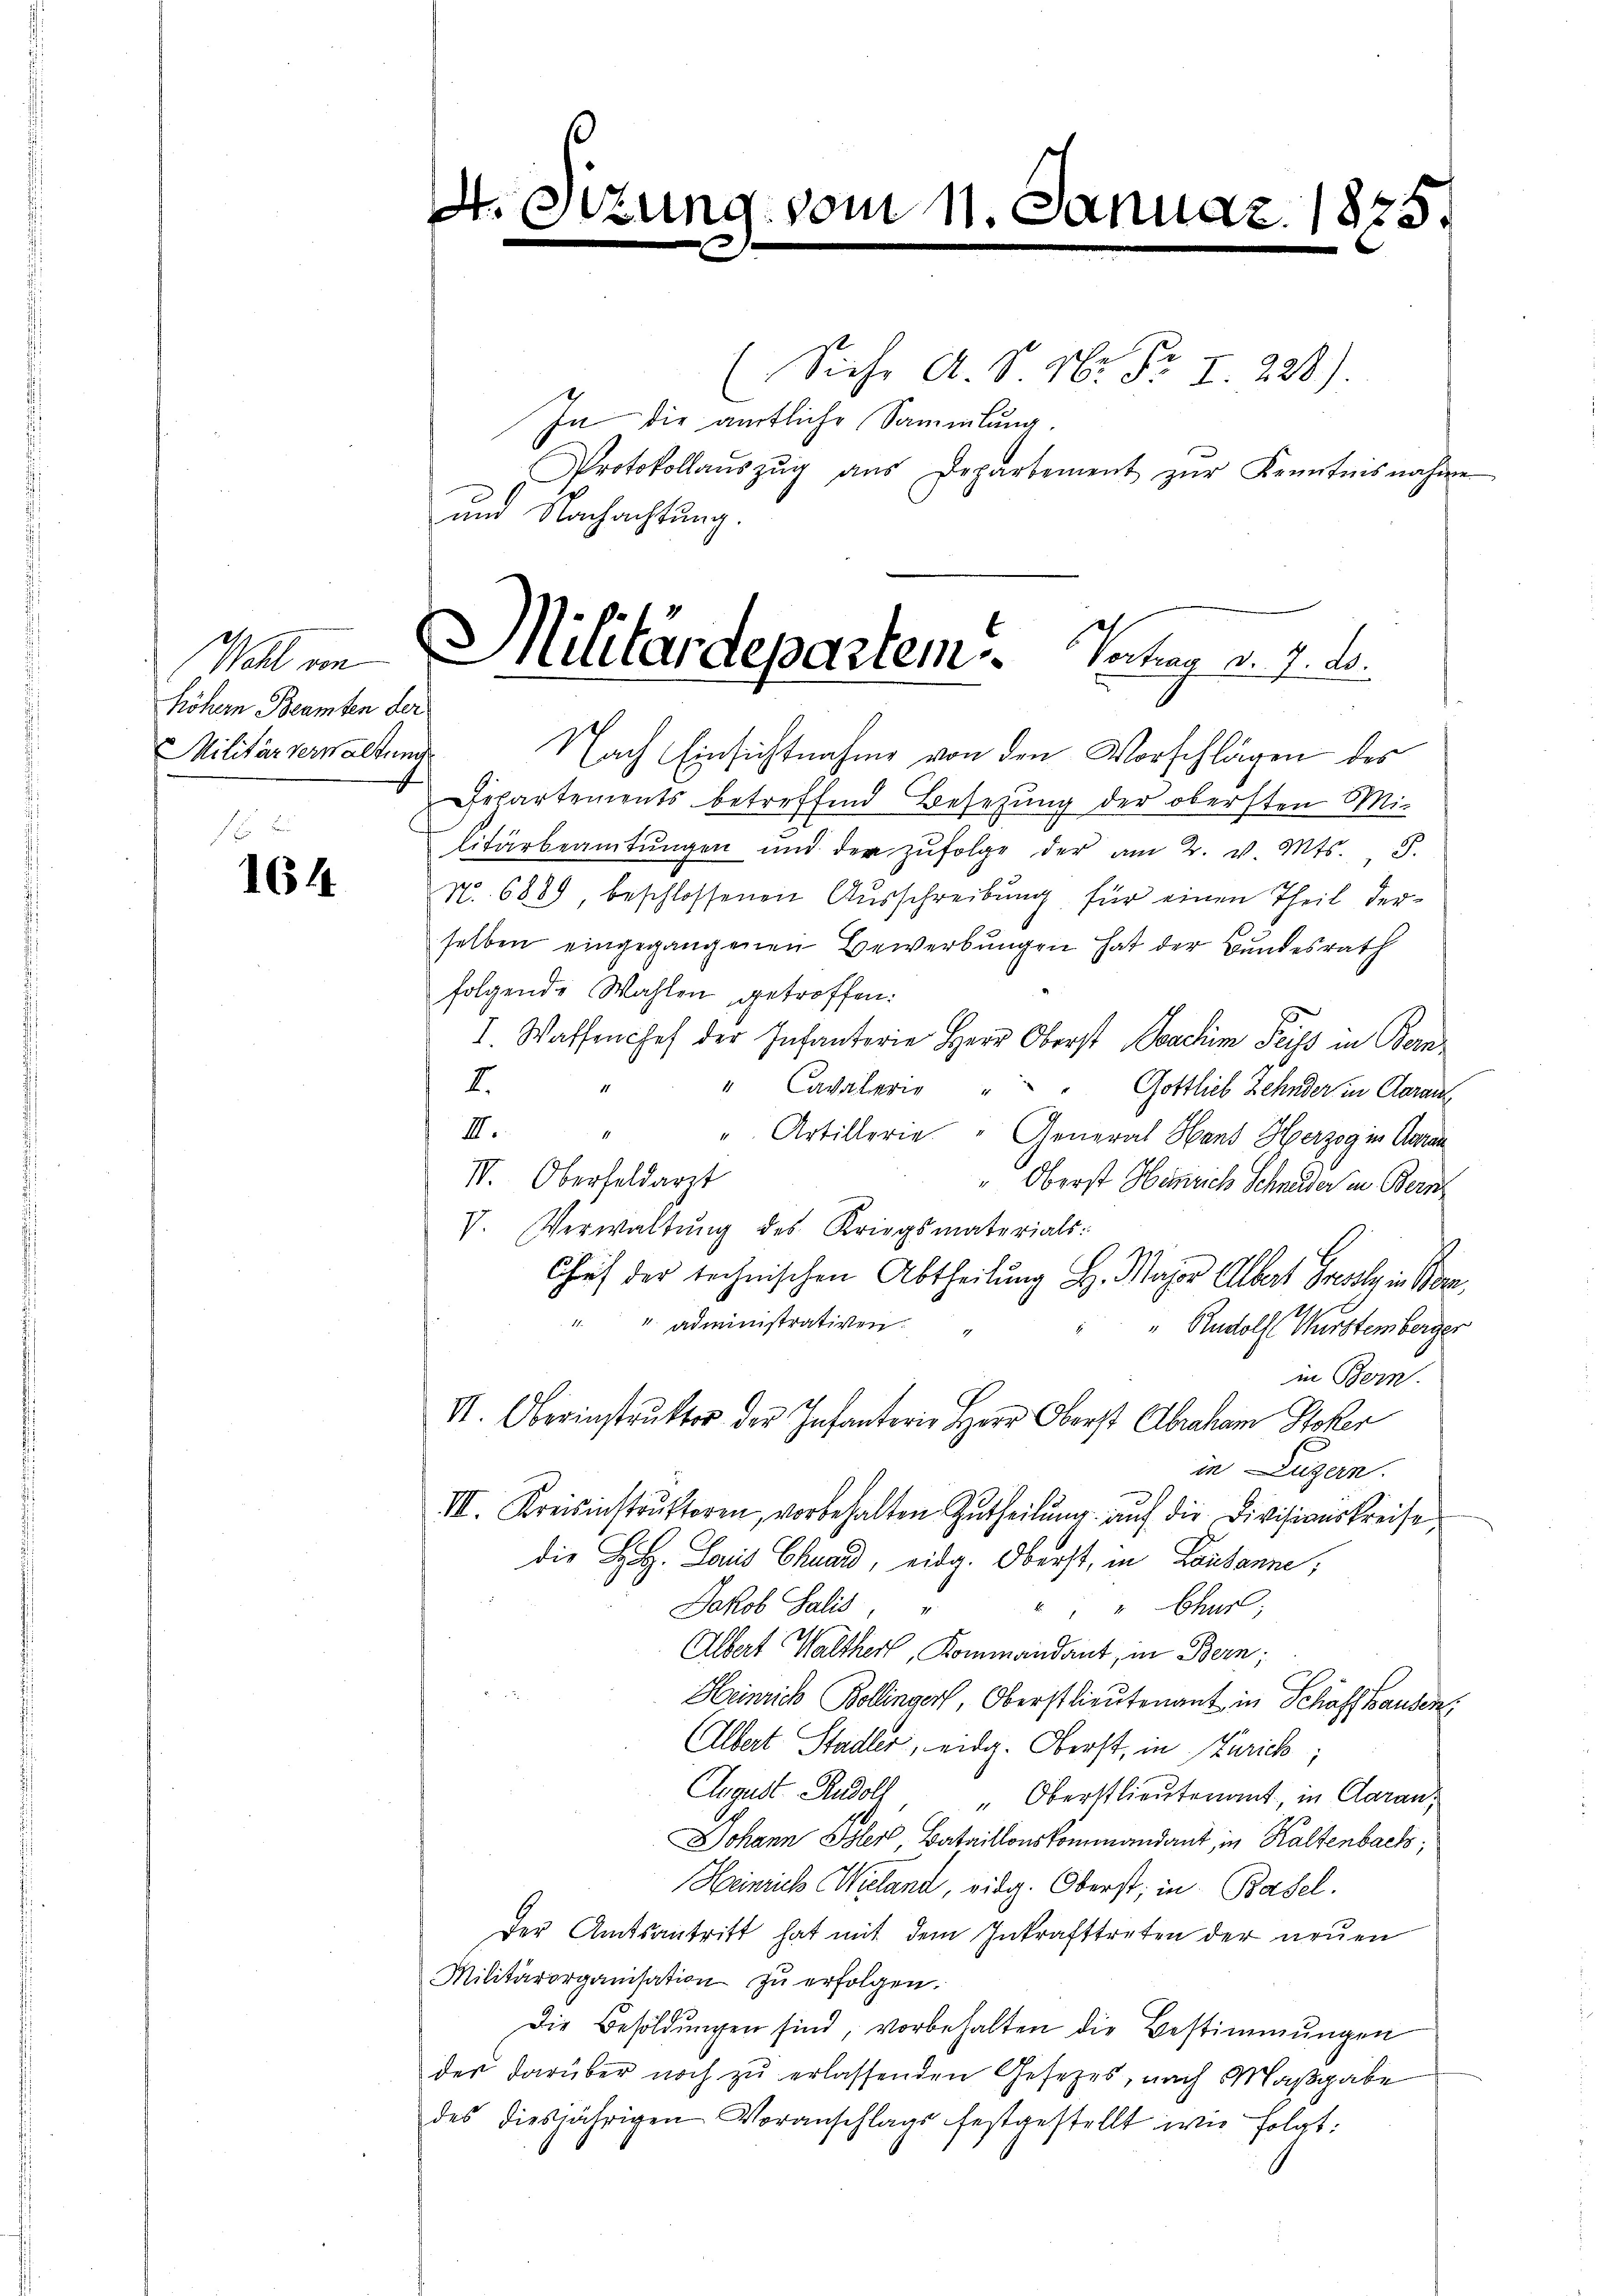
höhern Beamten der
Militär verwaltung

164

.

s

zung vom 11. Januar 1875.

(Siehe A. S. Nr. Fr. 7. 228).
In die amtliche Sammlung.
Protokollaŭszŭg aŭs Departement zŭr Kenntnisnahme
und Nachachtung.

.
Wahl im Militärdepartem . Vortrag v. 7. ds.

Nach Einsichtnahme von den Vorschlägen des
Departements betreffend Besetzung der obersten Mi-
litärbeamtŭngen und der zŭfolge der am 2. v. Mts. S.
N.. 6889, beschlossenen Ausschreibung für einen Theil derselben eingegangenen Bewerbungen hat der Bundesrath
folgende Wahlen getroffen:
I. Waffenchef der Infanterie Herr Oberst Joachim Preiss in Bern-
2.
" Cavalerie " " Gottlieb Zehnder in Aarau
III. " " Artillerie. " General Hans Herzog in Garan
IV. Oberfeldarst
" Oberst Heinrich Schneider in Bern
V. Verwaltŭng des Kriegsmaterials:
Chef der technischen Abtheilŭng H. Major Albert Griess in Bern,
 administrativen
 Rudolf Württemberger
in Bern.
V. Oberinstrukter der Infanterie Herr Oberst Abraham Stoker
in Luzern.
III. Kreisinstrŭktoren, vorbehalten Zutheilŭng auf die Divisionskreise,
die L. Louis Chund, eidg. Oberst, in Lausanne,
Jakob Salis, " " " " Chur,
Albert Walther, Kommandant, in Bern;
Heinrich Bollinger, Oberstlieutenant in Schaffhausen,
Albert Stadler, eidg. Oberst, in Zürich;
August Rudolf Oberstlieutenant, in Garan,
Johann Isler, Bataillonskommandant, in Kaltenbach,
Heinrich Wieland, eidg. Oberst, in Basel.
Der Amtsantritt hat mit dem Inkrafttreten der neuen
Militärorganisation zu erfolgen.
89.
Die Besoldungen sind, vorbehalten die Bestimmungen
der darüber noch zu erlassenden Gesetzes, nach Maßgabe
des diesjährigen Voranschlags festgestellt wie folgt: